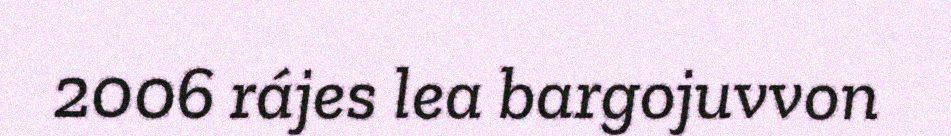
2006 rájes lea bargojuvvon